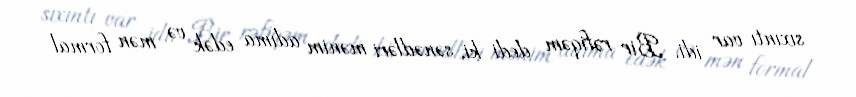
sıxıntı var idi. Bir rəfiqəm dedi ki, sənədləri mənim adıma edək və mən formal